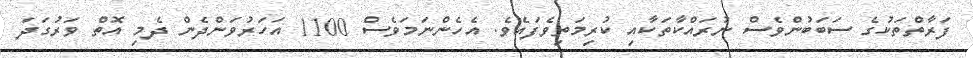
ފަރާތްތަކުގެ ސަބަބުންވެސް ނުރައްކާތަކާއި ކުރިމަތިވެފައެވެ. އެހެންނަމަވެސް 1100 އަހަރުވަންދެން ދެމި އޮތް ވަރުގަދަ